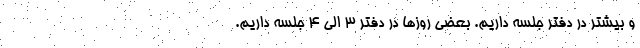
و بیشتر در دفتر جلسه داریم. بعضی روزها در دفتر ۳ الی ۴ جلسه داریم.